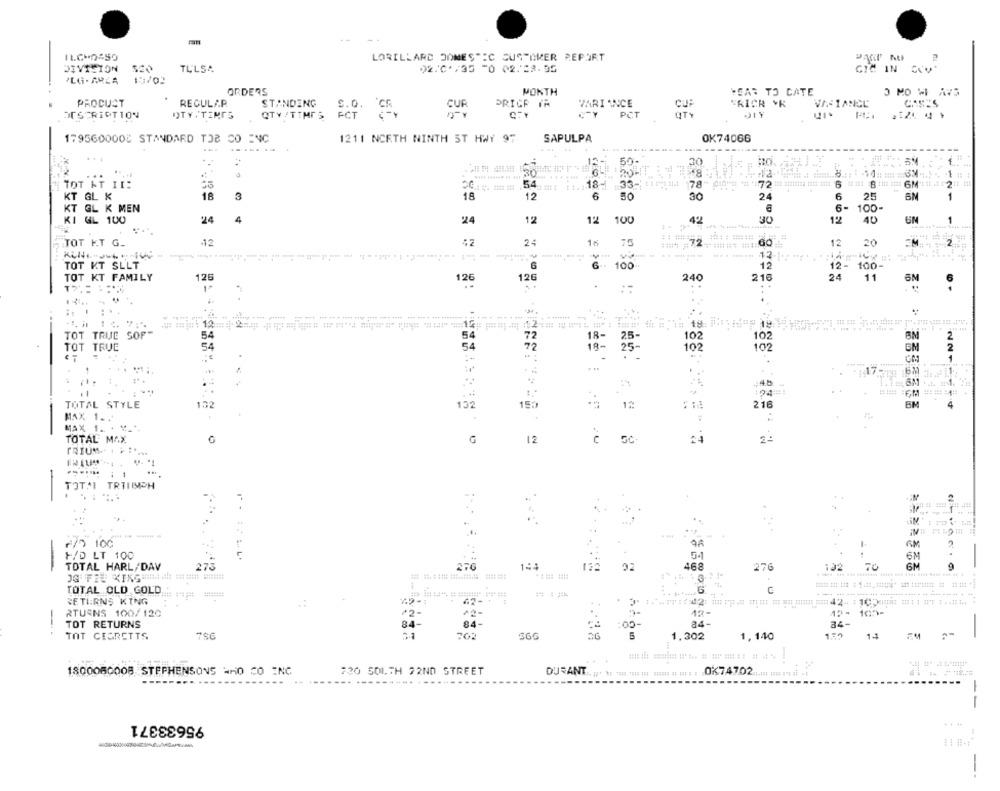
LORILLARD DOMESTIC SUSTOKER REPORT
DIVISION
TULSA
02.0*/35 -0 02:28-55
PLG. ARLA
15/02
ORDERS
MONTH
YEAR TO CATE
PRODUCT
REGULA.P.
PRICP /A
VARI ANCE
CRICR VR
VARIANCE
STANDING
C.O. C5
CUR
DESCRIPTION
OTY. TEMOS
QTY /TIMES FCT < - >
CTY PCT
1795600008 STANDARD TOB CO ENC
1211 NORTH NINTH ST HWY 97
SAPULPA
OK74066
--
...
13-
50-
30
%
6M
TOT AT II:
54
18: 33- 14 78"
KT GL X
18
3
18
12
6
50
30
24
6
25
1
6-
KT GL K MEN
100-
KI GL 100
24
4
24
12
12
100
4º2
30
122
40
TOT KT G_
12
42
24
16
===== =:: 00:
12
20
2
......... 12-1
TOT KT SLLT
6
100
12
12- 100-
TOT KT FAMILY
126
126
126
240
216
24
11
6M
6
..
-t. i
18
# 19
TOT TRUE SOP-
54
54
72
18-
25-
102
102
BM
2
TOT TRUE
54
54
72
18-
25-
102
102
GN
2
1
17-
6M
:45
:24:
TOTAL STYLE
122
132
216
BM
150
MAX 1.
MAX 1.
TOTAL MAX
G
12
GC
2º
TRIUM. .: :.
: 1
TOTAL TRIUMPH
. .
JM
-
r/0 100
AM
H/D LT 100
54
6%
-
TOTAL HARL/DAV
273
144
468
276
102
70
TOTAL OLD GOLD.
RETURNS KING
RTURNS 100/120
42-
AR-
TOT RETURNS
84-
84-
:05-
84-
34-
--.
TOT CESRETTS
756
702
660
1,302
1,140
157
14
1800080008 STEPHENSONS WHO CO INC
730 SOUTH 72ND STREET
DURANT ..
0%74702 ..
.....
--
95633371
-